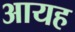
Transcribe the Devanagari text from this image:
आयह